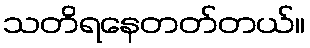
သတိရနေတတ်တယ်။